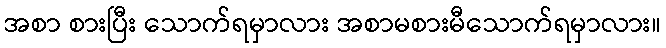
အစာ စားပြီး သောက်ရမှာလား အစာမစားမီသောက်ရမှာလား။